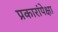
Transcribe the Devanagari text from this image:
प्रकारांपेक्षा